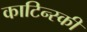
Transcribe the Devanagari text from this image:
काटिन्स्की